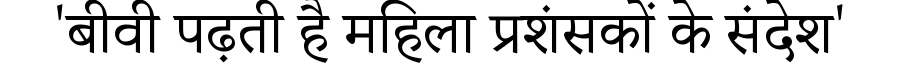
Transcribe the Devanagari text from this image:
'बीवी पढ़ती है महिला प्रशंसकों के संदेश'